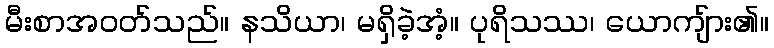
မီးစာအဝတ်သည်။ နသိယာ၊ မရှိခဲ့အံ့။ ပုရိသဿ၊ ယောကျ်ား၏။